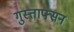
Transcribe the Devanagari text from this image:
गुस्ताफ्सन